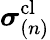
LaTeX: \boldsymbol{\sigma}_{(n)}^{\mathrm{cl}}